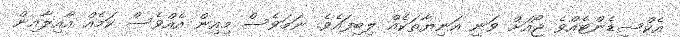
އެކްސިޑެންޓެއްވެ ޖޯއަށް ވަނީ އަނިޔާތަކެއް ލިބިފައެވެ. ނަމަވެސް މިއިން އެއްވެސް ކަމެއް އާއިލާއިން